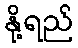
နို့ရည်